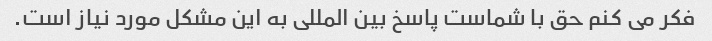
فکر می کنم حق با شماست پاسخ بین المللی به این مشکل مورد نیاز است.